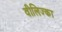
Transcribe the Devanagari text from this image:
वीलिज्का